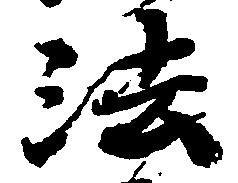
法